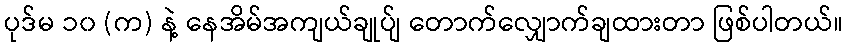
ပုဒ်မ ၁၀ (က) နဲ့ နေအိမ်အကျယ်ချုပ်ျ တောက်လျှောက်ချထားတာ ဖြစ်ပါတယ်။